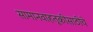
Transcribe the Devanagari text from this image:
सामानवाहतूकीसाठीचे